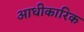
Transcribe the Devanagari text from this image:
आधीकारिक